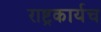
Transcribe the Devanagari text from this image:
राष्ट्रकार्यच